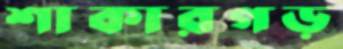
শাকারগড়